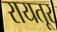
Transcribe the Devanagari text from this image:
रायतूर